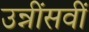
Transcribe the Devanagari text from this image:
उन्नींसवीं